system: You are a helpful assistant.
user:
Analyze the provided spectrum to determine if it is a **S-type Star**.

- **Key Indicators for S-type Star:**

    - **(Overall Spectrum Shape):** The first and most obvious characteristic is the overall continuum (the "baseline" shape). It is **extremely "red-sloping,"** meaning the flux (light intensity) is very low on the left side (blue, ~4000-4500 Å) and rises steeply and continuously toward the right side (red, ~7000 Å+).

    - **(Primary):** The spectrum is defined by the presence of strong, broad molecular absorption "valleys" (bands) from **Zirconium Oxide (ZrO)**. The identification of these bands is the **primary requirement** for classifying a star as S-type.
        - **(Key Bandheads):** You must find distinct, deep "dips" where the light has been absorbed. The most critical band systems to locate are:
            - **~6474 Å** ($\gamma$-system): This is often the strongest and clearest ZrO feature, found in the red part of the spectrum.
            - **~5718 Å** & **~5551 Å** ($\beta$-system): A pair of prominent absorption features in the yellow-orange part of the spectrum.
            - **~4640 Å** ($\alpha$-system): A key absorption band system in the blue-green region of the spectrum.

    - **(Secondary Confirmation):** The classification is strengthened by finding additional absorption bands from other related heavy element oxides, which are expected to be present alongside ZrO.
        - **(Key Bandheads):**
            - **Yttrium Oxide (YO):** Look for absorption dips near **~4800 Å** and **~6100 Å**.
            - **Lanthanum Oxide (LaO):** Additional absorption features, particularly in the red-orange part of the spectrum, are also characteristic.

    - **(Line Profile):** The combination of the steep red continuum and these numerous, deep molecular bands (ZrO, YO, etc.) gives the entire spectrum a very **"chopped-up"** or **"bumpy"** appearance. Instead of a smooth curve, the spectrum looks as though large, wide chunks of light have been "carved out" of it at the specific wavelengths listed above.

Think first, call **spectral_visualization_tool** if needed to examine features in detail, then provide your final answer. Your response must adhere to the following strict rules:
1.  **Overall Structure:** Your response must follow the format `<think>...</think> <tool_call>...</tool_call> (if a tool is used) <answer>...</answer>`.
2.  **Tool Usage Constraint:** You may only make **one** tool call per turn.
3.  **Final Answer Format:** In the `<answer>` tag, your conclusion must be inside a `\boxed{}` command (e.g., `\boxed{YES}` or `\boxed{NO}`), followed by your justification.

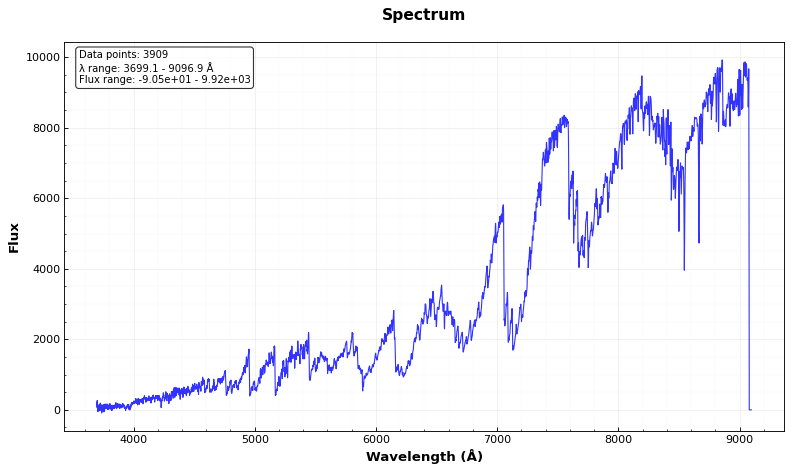
Answer: YES